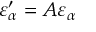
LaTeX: \varepsilon _ { \alpha } ^ { \prime } = A \varepsilon _ { \alpha }